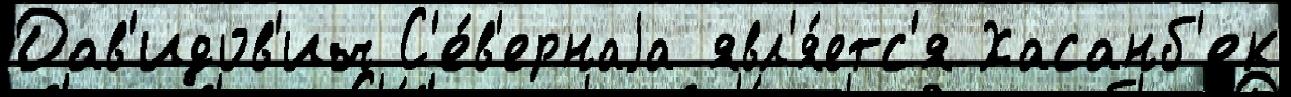
Дав'идов'ич С'е́в'ернаjа явл'я́етс'я Хасанб'ек